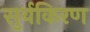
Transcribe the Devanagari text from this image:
सुर्यकिरण